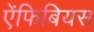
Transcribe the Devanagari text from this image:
ऐंफिबियस